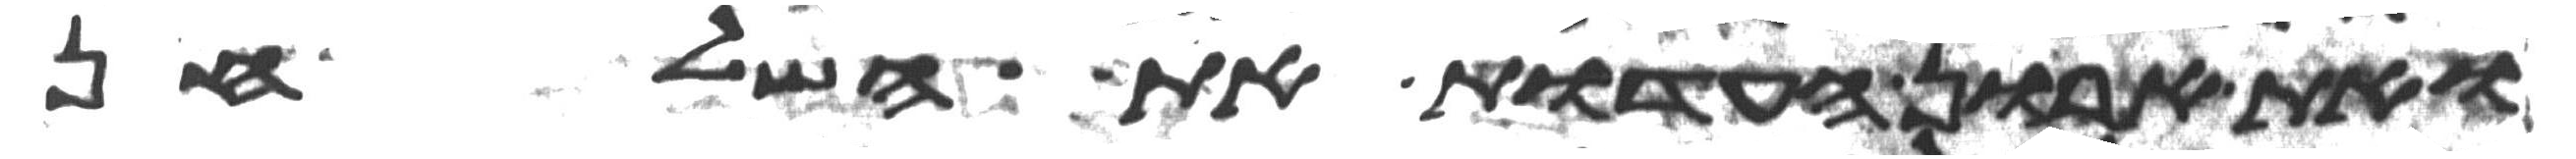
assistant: ואת ארון העדות את השלחן